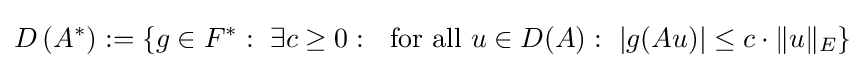
D\left(A^{*}\right):=\left\{g\in F^{*}:~\exists c\geq 0:~{\mbox{ for all }}u\in D(A):~|g(Au)|\leq c\cdot \|u\|_{E}\right\}